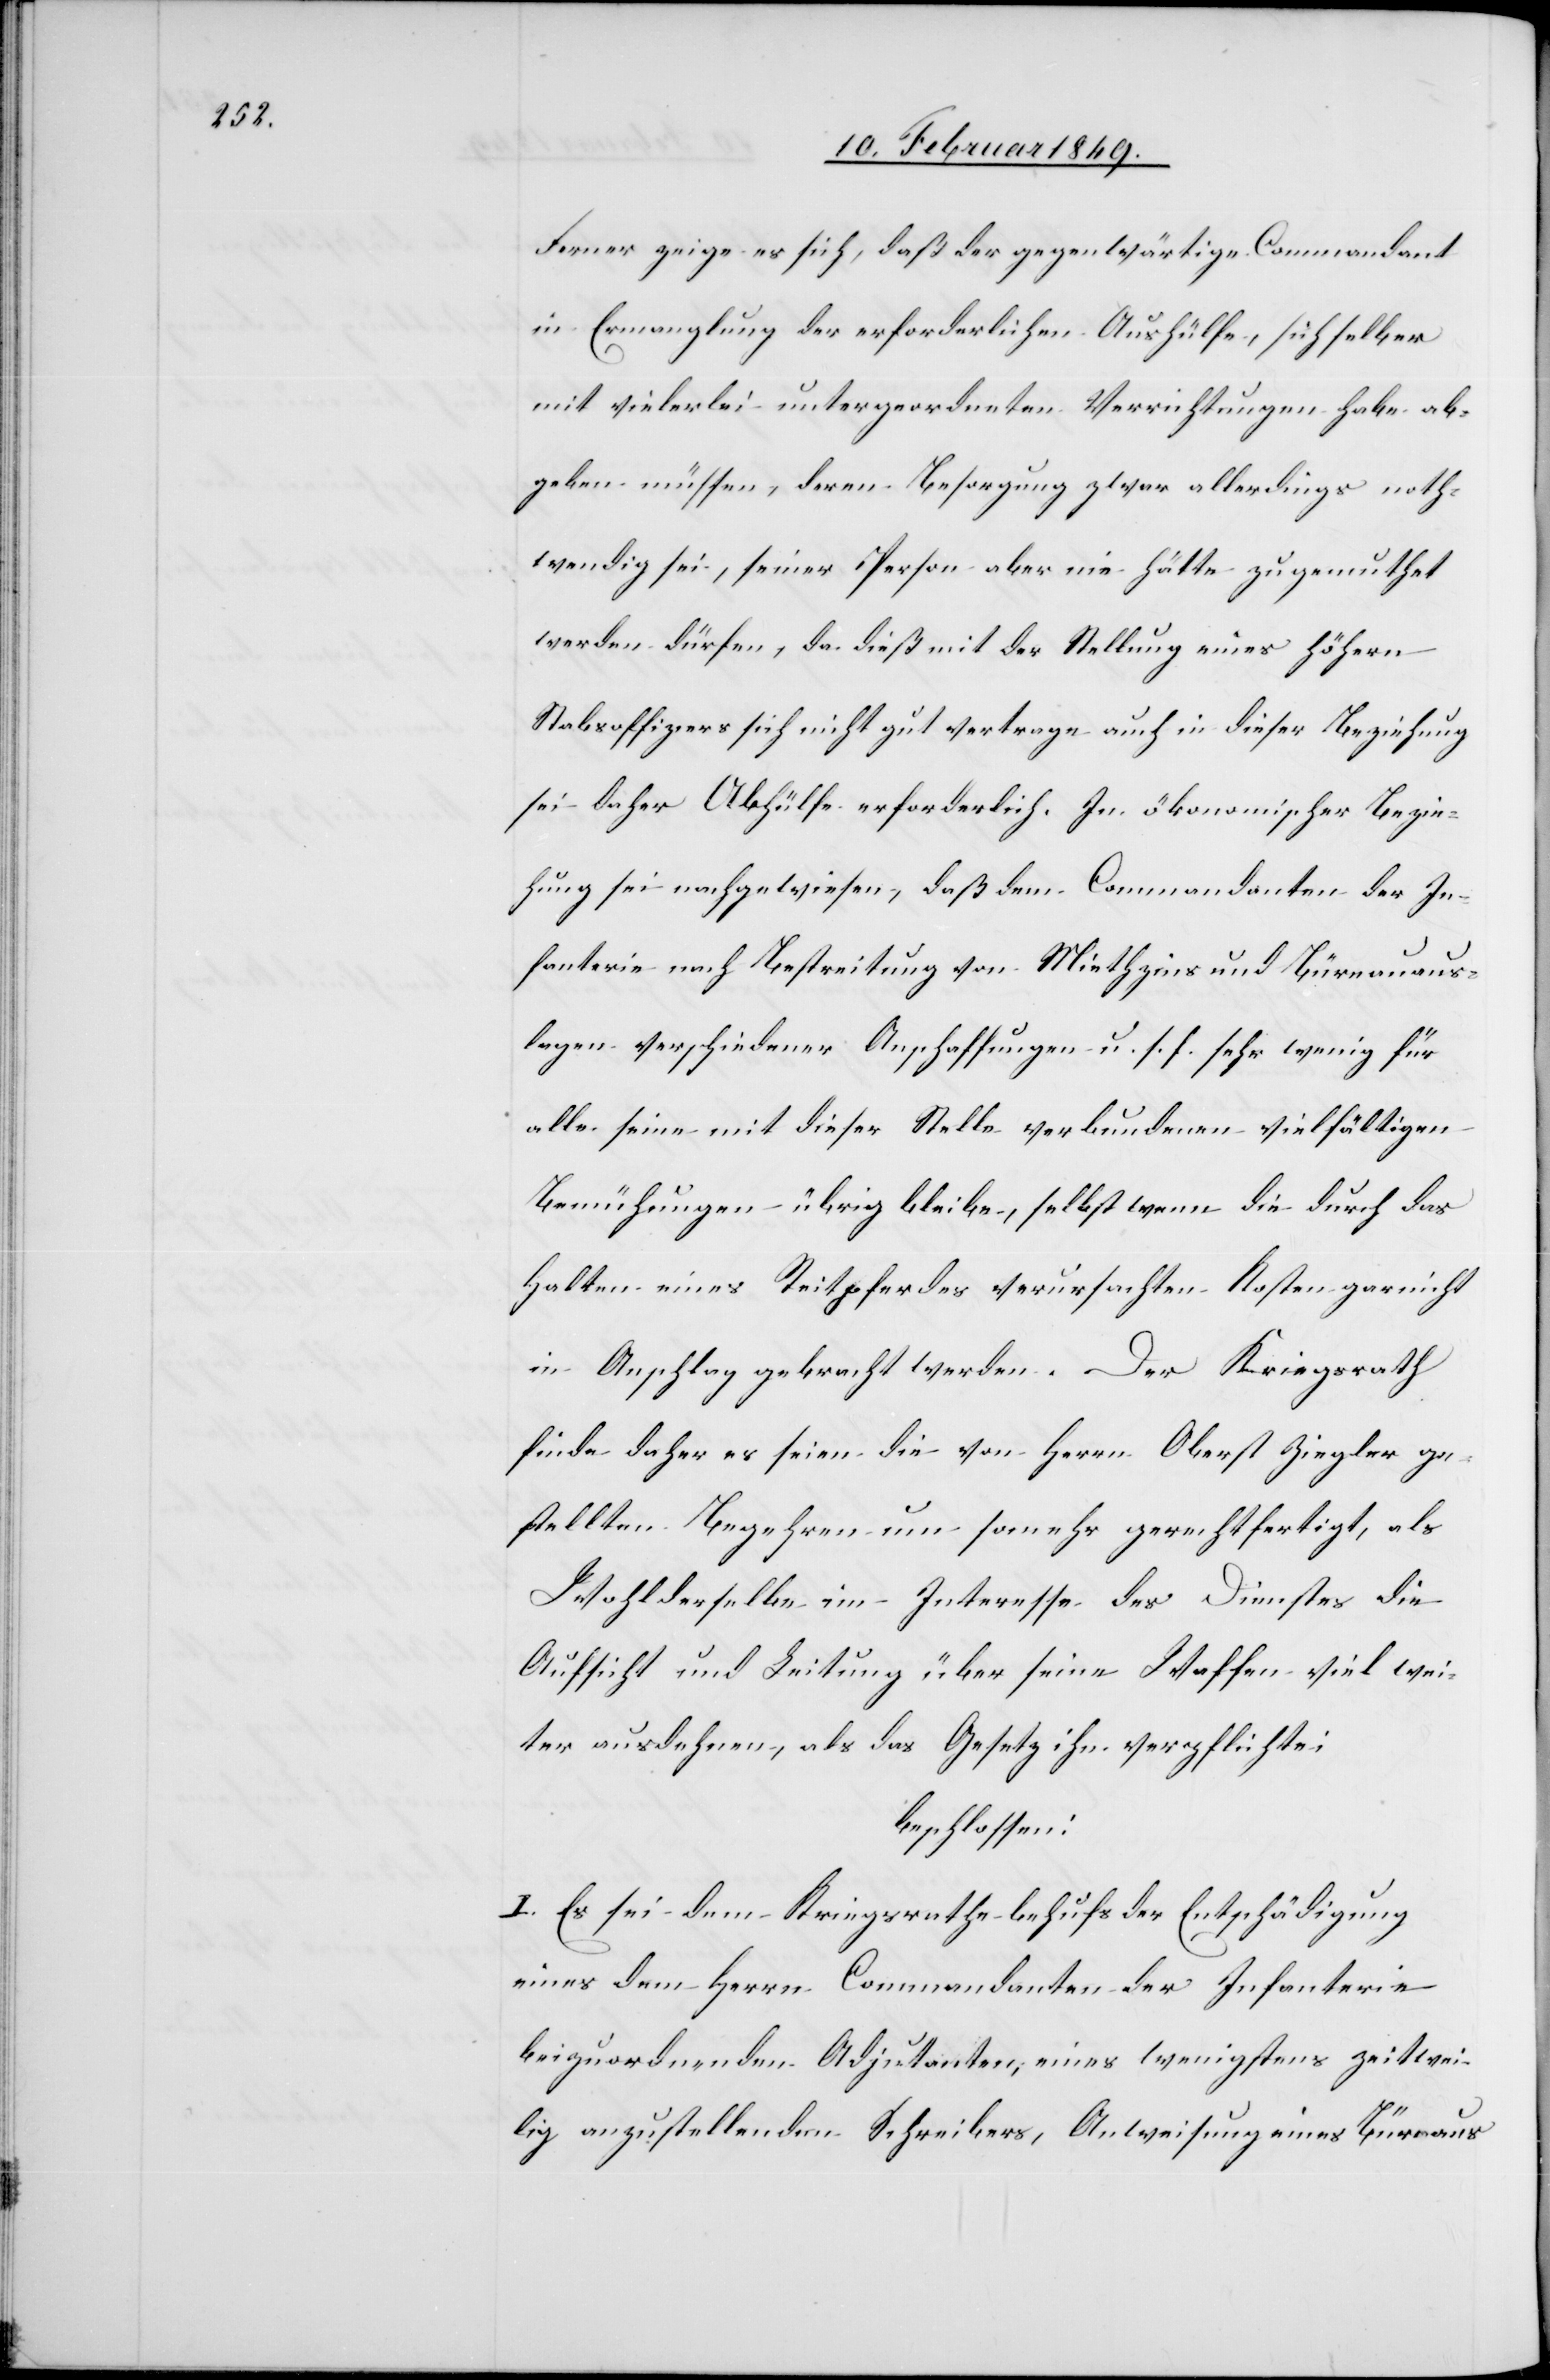
Ferner zeige es sich, daß der gegenwärtige Commandant
in Ermanglung der erforderlichen Aushülfe, sich selber
mit vielerlei untergeordneten Verrichtungen habe ab¬
geben müssen, deren Besorgung zwar allerdings noth¬
wendig sei, seiner Person aber nie hätte zugemuthet
werden dürfen, da dieß mit der Stellung eines höhern
Stabsoffiziers sich nicht gut vertrage auch in dieser Beziehung
sei daher Abhülfe erforderlich. In ökonomischer Bezie¬
hung sei nachgewiesen, daß dem Commandanten der In¬
fanterie nach Bestreitung von Miethzins und Büreauaus¬
lagen verschiedener Anschaffungen u. s. f. sehr wenig für
alle seine mit dieser Stelle verbundenen vielfältigen
Bemühungen übrig bleibe, selbst wenn die durch das
Halten eines Reitpferdes verursachten Kosten gar nicht
in Anschlag gebracht werden. Der Kriegsrath
finde daher es seien die von Herrn Oberst Ziegler ge¬
stellten Begehren um somehr gerechtfertigt, als
Wohlderselbe im Interesse des Dienstes die
Aufsicht und Leitung über seine Waffen viel wei¬
ter ausdehnen [sic!], als das Gesetz ihn verpflichte:
beschlossen:
I. Es sei dem Kriegsrathe behufs der Entschädigung
eines dem Herrn Commandanten der Infanterie
beizuordnenden Adjutanten, eines wenigstens zeitwei¬
lig anzustellenden Schreibers, Anweisung eines Bür[?e]aus